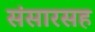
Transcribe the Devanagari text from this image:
संसारसह